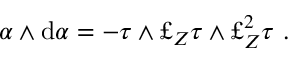
\alpha \wedge \mathrm { d } \alpha = - \tau \wedge \pounds _ { Z } \tau \wedge \pounds _ { Z } ^ { 2 } \tau \ .